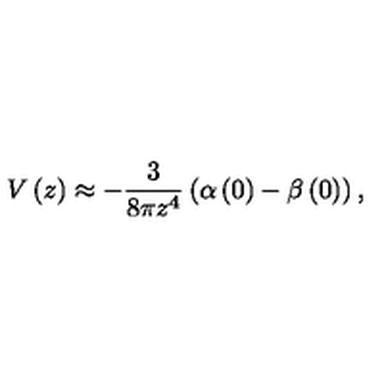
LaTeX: V \left( z \right) \approx - \frac { 3 } { 8 \pi z ^ { 4 } } \left( \alpha \left( 0 \right) - \beta \left( 0 \right) \right) ,